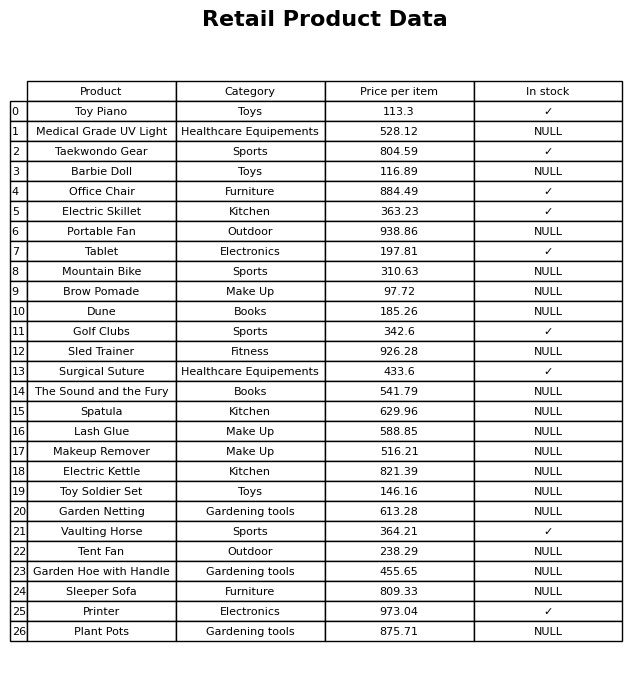
question: What is the price for Lash Glue?
answer: The price of Lash Glue is 588.85.